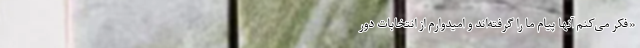
«فکر می‌کنم آنها پیام ما را گرفته‌اند و امیدوارم از انتخابات دور